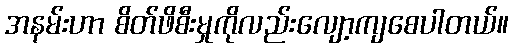
အနမ်းဟာ စိတ်ဖိစီးမှုကိုလည်းလျော့ကျစေပါတယ်။